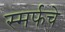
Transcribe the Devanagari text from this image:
स्मर्फचे